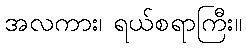
အလကား၊ ရယ်စရာကြီး။